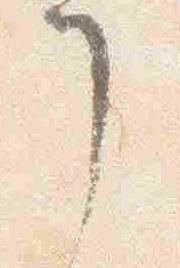
了